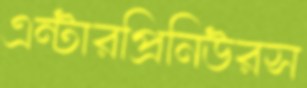
এন্টারপ্রিনিউরস